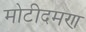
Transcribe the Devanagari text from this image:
मोटीदमण